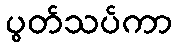
ပွတ်သပ်ကာ